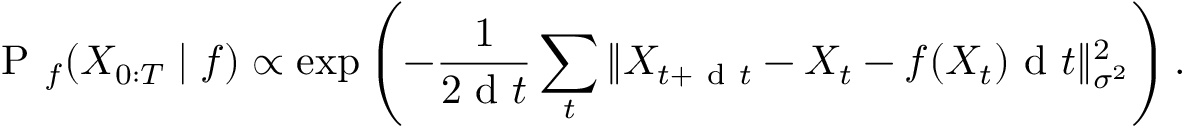
\mathrm { ~ P ~ } _ { f } ( X _ { 0 : T } \mid f ) \propto \exp \left( - \frac { 1 } { 2 \mathrm { ~ d ~ } t } \sum _ { t } \| X _ { t + \mathrm { ~ d ~ } t } - X _ { t } - f ( X _ { t } ) \mathrm { ~ d ~ } t \| _ { \sigma ^ { 2 } } ^ { 2 } \right) .